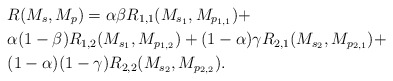
\begin{align*} & R(M_s,M_p)=\alpha\beta R_{1,1}(M_{s_1},M_{p_{1,1}})+\\ &\alpha(1-\beta)R_{1,2}(M_{s_1},M_{p_{1,2}})+(1-\alpha)\gamma R_{2,1}(M_{s_2},M_{p_{2,1}})+\\ &(1-\alpha)(1-\gamma)R_{2,2}(M_{s_2},M_{p_{2,2}}). \end{align*}